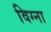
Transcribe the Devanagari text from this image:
विग्ना